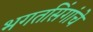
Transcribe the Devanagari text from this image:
भगतसिंगांचे